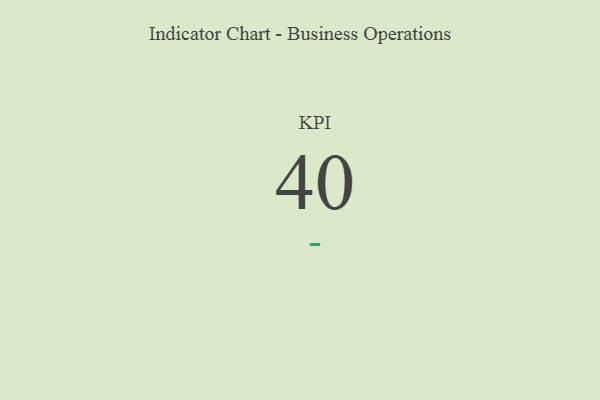
{"axis": {"x": "KPI", "y": "Value"}, "legend": [""], "data": [{"x": "KPI", "y": 40, "type": ""}]}